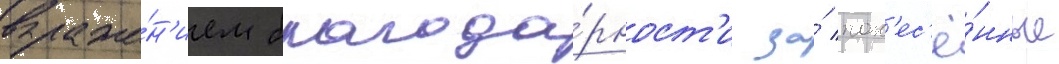
выраже́н'ием благода́рност'и за́ пон'ес'ё́нные